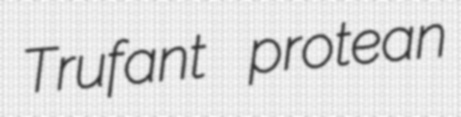
Trufant protean